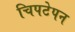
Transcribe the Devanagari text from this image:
चिपटेपन